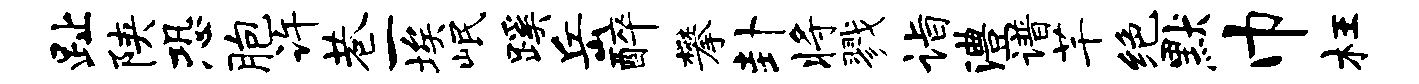
趾陕恐胞许巷一埃岷蹊岳醉攀卦将戮诣澧谱芊绝默巾枉